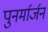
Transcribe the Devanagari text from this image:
पुनर्मार्जन